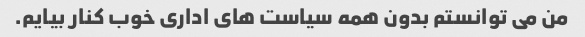
من می توانستم بدون همه سیاست های اداری خوب کنار بیایم.